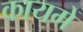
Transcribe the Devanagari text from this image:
कायमें